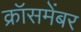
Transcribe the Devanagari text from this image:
क्रॉसमेंबर